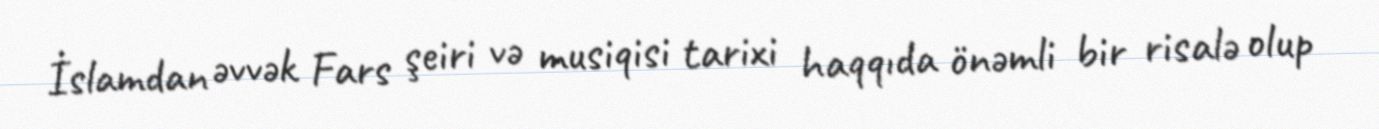
İslamdan əvvək Fars şeiri və musiqisi tarixi haqqıda önəmli bir risalə olup